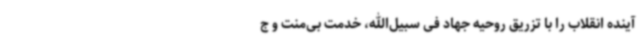
آینده انقلاب را با تزریق روحیه جهاد فی سبیل‌الله، خدمت بی‌منت و ج